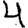
Digit: 4